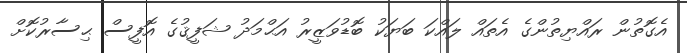
އެގޮތުން ރައްޔިތުންގެ އެތައް ލައްކަ ބަޔަކު ބޮޑުވަޒީރު އަޙްމަދު ޝަފީޤުގެ އޮފީސް ޙިސާރުކޮށް